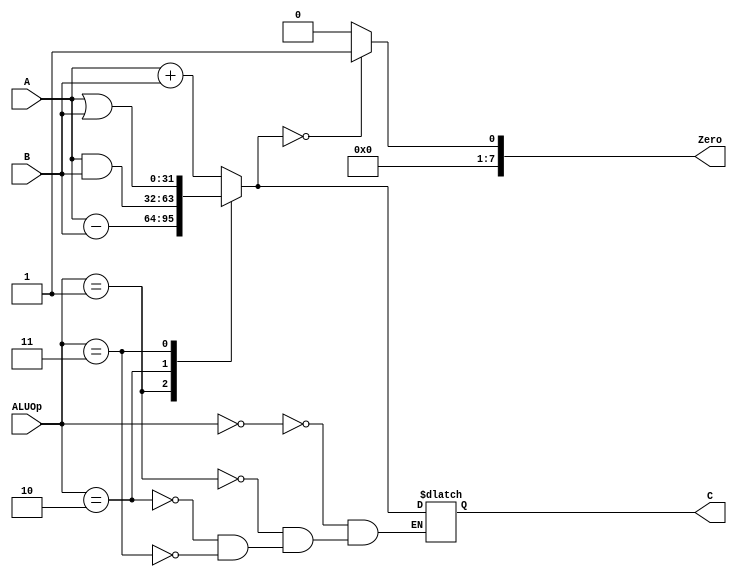
`timescale 1ns / 1ps
//////////////////////////////////////////////////////////////////////////////////
// Company: 
// Engineer: 
// 
// Design Name: 
// Module Name: alu
// Project Name: 
// Target Devices: 
// Tool Versions: 
// Description: 
// 
// Dependencies: 
// 
// Revision:
// Revision 0.01 - File Created
// Additional Comments:
// 
//////////////////////////////////////////////////////////////////////////////////

`define ALUOp_add 5'b00000
`define ALUOp_sub 5'b00001
`define ALUOp_and 5'b00010
`define ALUOp_or  5'b00011

module alu(
input signed[31:0] A,B,
input [4:0] ALUOp,        
output reg signed[31:0] C,
output reg[7:0] Zero
    );
  
always@(*)
begin
    case(ALUOp)
        `ALUOp_add:C=A+B;
        `ALUOp_sub:C=A-B;
        `ALUOp_and:C=A&B;
        `ALUOp_or: C=A|B;
    endcase
Zero=(C==0)?1:0;end
endmodule